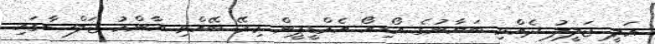
ޢަލީ ޖަލީލު ދެއްވި ބަޔާނުގެ އޯޑިއޯ އެމްޑީޕީން މިރޭ ބޭއްވި އާންމު ޖަލްސާގައި